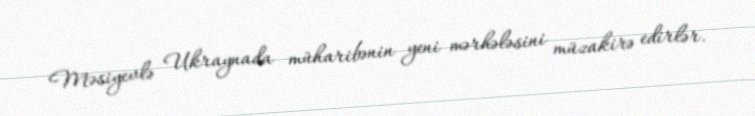
Məsiyevlə Ukraynada müharibənin yeni mərhələsini müzakirə edirlər.